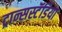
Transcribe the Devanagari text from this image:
ट्रान्सस्टॅडिया